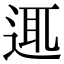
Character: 𨓊